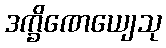
ဒက္ခိဏေယျေသု